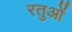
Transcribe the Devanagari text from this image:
रतुओं